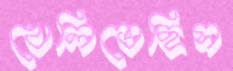
খেলিতেছিস